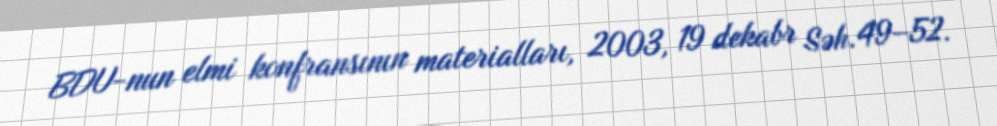
BDU-nun elmi konfransının materialları, 2003, 19 dekabr Səh.49–52.